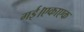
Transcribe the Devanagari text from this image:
गई।एकाएक